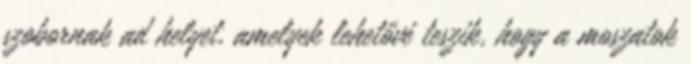
szobornak ad helyet, amelyek lehetővé teszik, hogy a moszatok